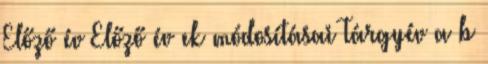
Előző év Előző év ek módosításai Tárgyév a b